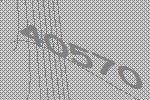
40570